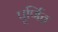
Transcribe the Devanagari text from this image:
पूर्णित